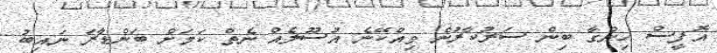
އޮފީސް ހިންގާ ބިން ސަރުކާރުން ވިއްކޭނެ އުސޫލެއް ނެތް ކަމަށް ބަންޑާރަ ނައިބު